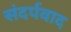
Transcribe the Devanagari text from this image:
संदर्पवाद